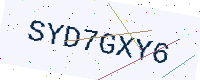
Text: SYD7GXY6